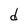
Character: d